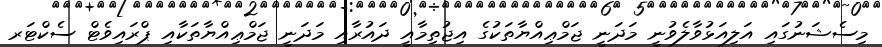
މިސެޝަނުގައި އަލިއަޅުވާލެވުނީ މަދަނީ ޖަމްޢިއްޔާތަކުގެ އިޖުތިމާއީ ދައުރާއި މަދަނީ ޖަމްޢިއްޔާތަކާއި ޕްރައިވެޓް ސެކްޓަރ